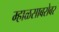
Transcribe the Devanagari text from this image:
म्हाळसाबरोबर